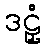
ဒဠှံ